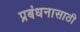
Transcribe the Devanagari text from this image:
प्रबंधनासाठी